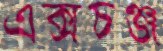
এক্সচঞ্জ